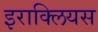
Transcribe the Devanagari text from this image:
इराक्लियस